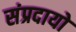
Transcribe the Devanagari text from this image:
संप्रदायो